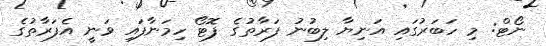
ނޯޓް: މި ހަބަރުގައި އަނިޔާ ލިބުނު ފަރާތުގެ ފޮޓޯ ހިމަނާފައި ވަނީ އެފަރާތުގެ